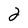
Character: 2